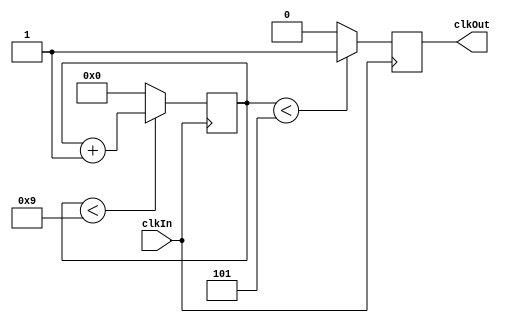
module FreqDividerTL (clkIn, clkOut) ;

 parameter NBT      = 10; // Facteur de division
 parameter NBTON    = 5; //Rapport Cyclique (a calculer en fonction du diviseur)
 parameter POLARITY = 1; //Polarit du signal de sortie
 parameter BUS_SIZE = 16; //Taille du compteur en bits



 input clkIn;
 
 output reg clkOut;
 
 reg [(BUS_SIZE-1):0] cnt;



 always @(negedge(clkIn))
 begin
 
	  if (cnt < NBT - 1)
	  begin
			cnt <= cnt + 1;			
	  end
	  else
	  begin
			cnt <= 0;			
	  end
	  
	  if (cnt < NBTON)
	  begin
			clkOut <= POLARITY;			
	  end
	  else
	  begin
			clkOut <= ~POLARITY;
	  end
	  
 end

 

endmodule